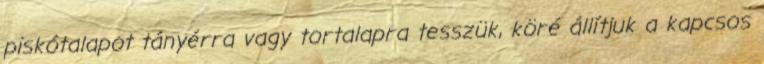
piskótalapot tányérra vagy tortalapra tesszük, köré állítjuk a kapcsos